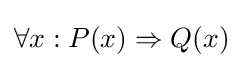
\forall x:P(x)\Rightarrow Q(x)